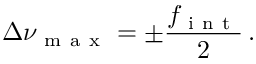
\Delta \nu _ { \mathrm { ~ m ~ a ~ x ~ } } = \pm \frac { f _ { \mathrm { ~ i ~ n ~ t ~ } } } { 2 } \, .